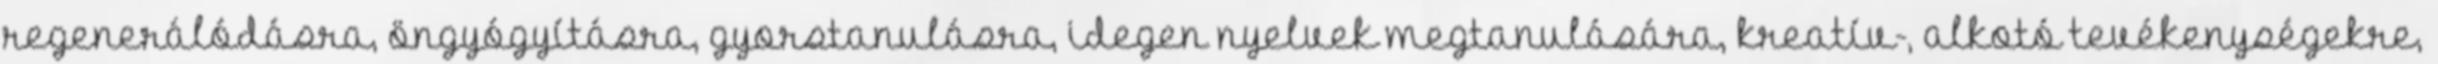
regenerálódásra, öngyógyításra, gyorstanulásra, idegen nyelvek megtanulására, kreatív-, alkotó tevékenységekre,